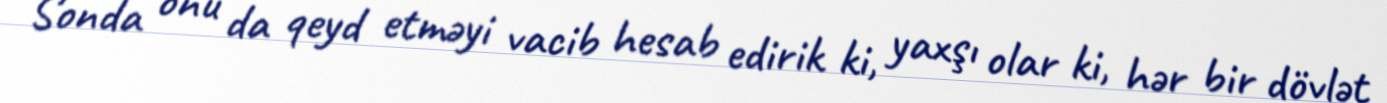
Sonda onu da qeyd etməyi vacib hesab edirik ki, yaxşı olar ki, hər bir dövlət